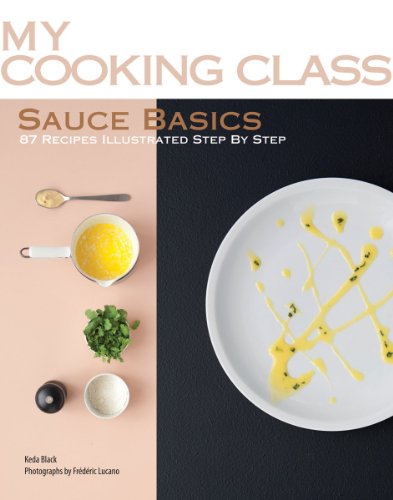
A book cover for Sauce Basics: 87 Recipes Illustrated Step by Step (My Cooking Class); Keda Black; Cookbooks, Food & Wine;